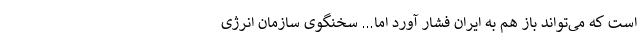
است که می‌تواند باز هم به ایران فشار آورد اما... سخنگوی سازمان انرژی